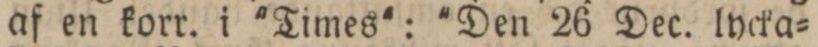
af en korr. i 'Times': 'Den 26 Dec. lycka=